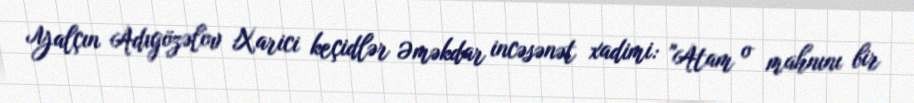
Yalçın Adıgözəlov Xarici keçidlər Əməkdar incəsənət xadimi: "Atam o mahnını bir